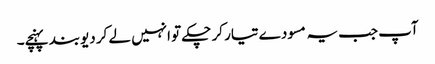
آپ جب یہ مسودے تیار کر چکے تو انہیں لے کر دیوبند پہنچے۔